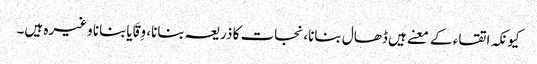
کیونکہ اتقاء کے معنے ہیں ڈھال بنانا، نجات کا ذریعہ بنانا، وِقَایابنانا وغیرہ ہیں۔